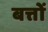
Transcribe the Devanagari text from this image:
बत्तों